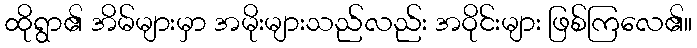
ထိုရွာ၏ အိမ်များမှာ အမိုးများသည်လည်း အဝိုင်းများ ဖြစ်ကြလေ၏။